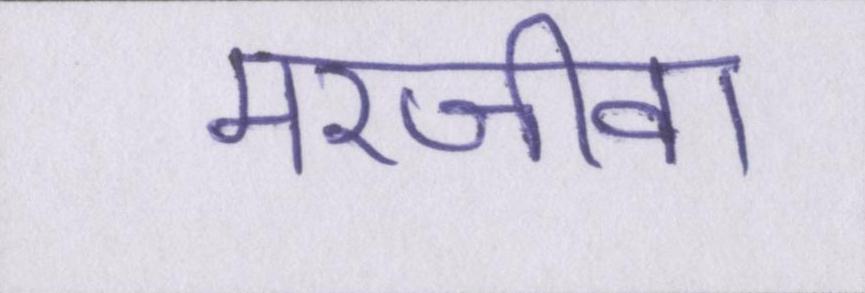
मरजीवा